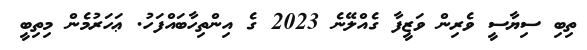
ތިބި ސިޔާސީ ވެރިން ވަޒީފާ ގެއްލޭނެ 2023 ގެ އިންތިހާބައްފަހު. ޢަހަރުމެން މިތިބީ